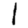
Digit: 1